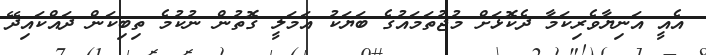
އެއީ އަނިޔާވެރިކަމާ ދެކޮޅަށް މުޖުތަމައުގެ ބަޔަކު އަމަލީ ގޮތުން ނުކުމެ ތިބިކަން ދައްކައިދޭ